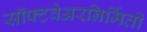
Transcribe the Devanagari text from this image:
सॉफ्टवेअरनिर्मिती